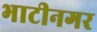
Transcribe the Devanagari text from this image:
भाटीनगर